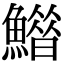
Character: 𩻶